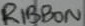
Text: RIBBON